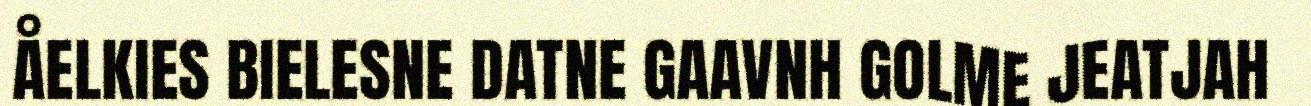
ÅELKIES BIELESNE DATNE GAAVNH GOLME JEATJAH